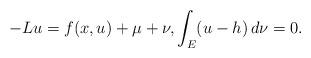
LaTeX: \begin{align*}-Lu=f(x,u)+\mu+\nu,\int_E(u-h)\,d\nu=0.\end{align*}